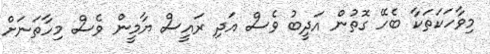
މިވާހަކަތަކާ ބެހޭ ގޮތުން އަދީބު ވެސް އަދި ރައީސް ޔާމީން ވެސް މިހާތަނަށް